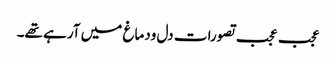
عجب عجب تصورات دل ودماغ میں آرہے تھے۔